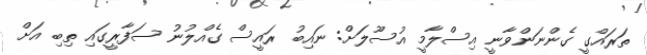
ތަރައްގީ ގެންނަންވާނީ އިސްލާމީ އުސޫލަށް: ނައިބު ރައީސް ގެއްލުނު ސަފާރީގައި ތިބި އަށް